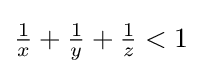
{\textstyle {\frac {1}{x}}+{\frac {1}{y}}+{\frac {1}{z}}<1}